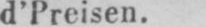
d’Preisen.